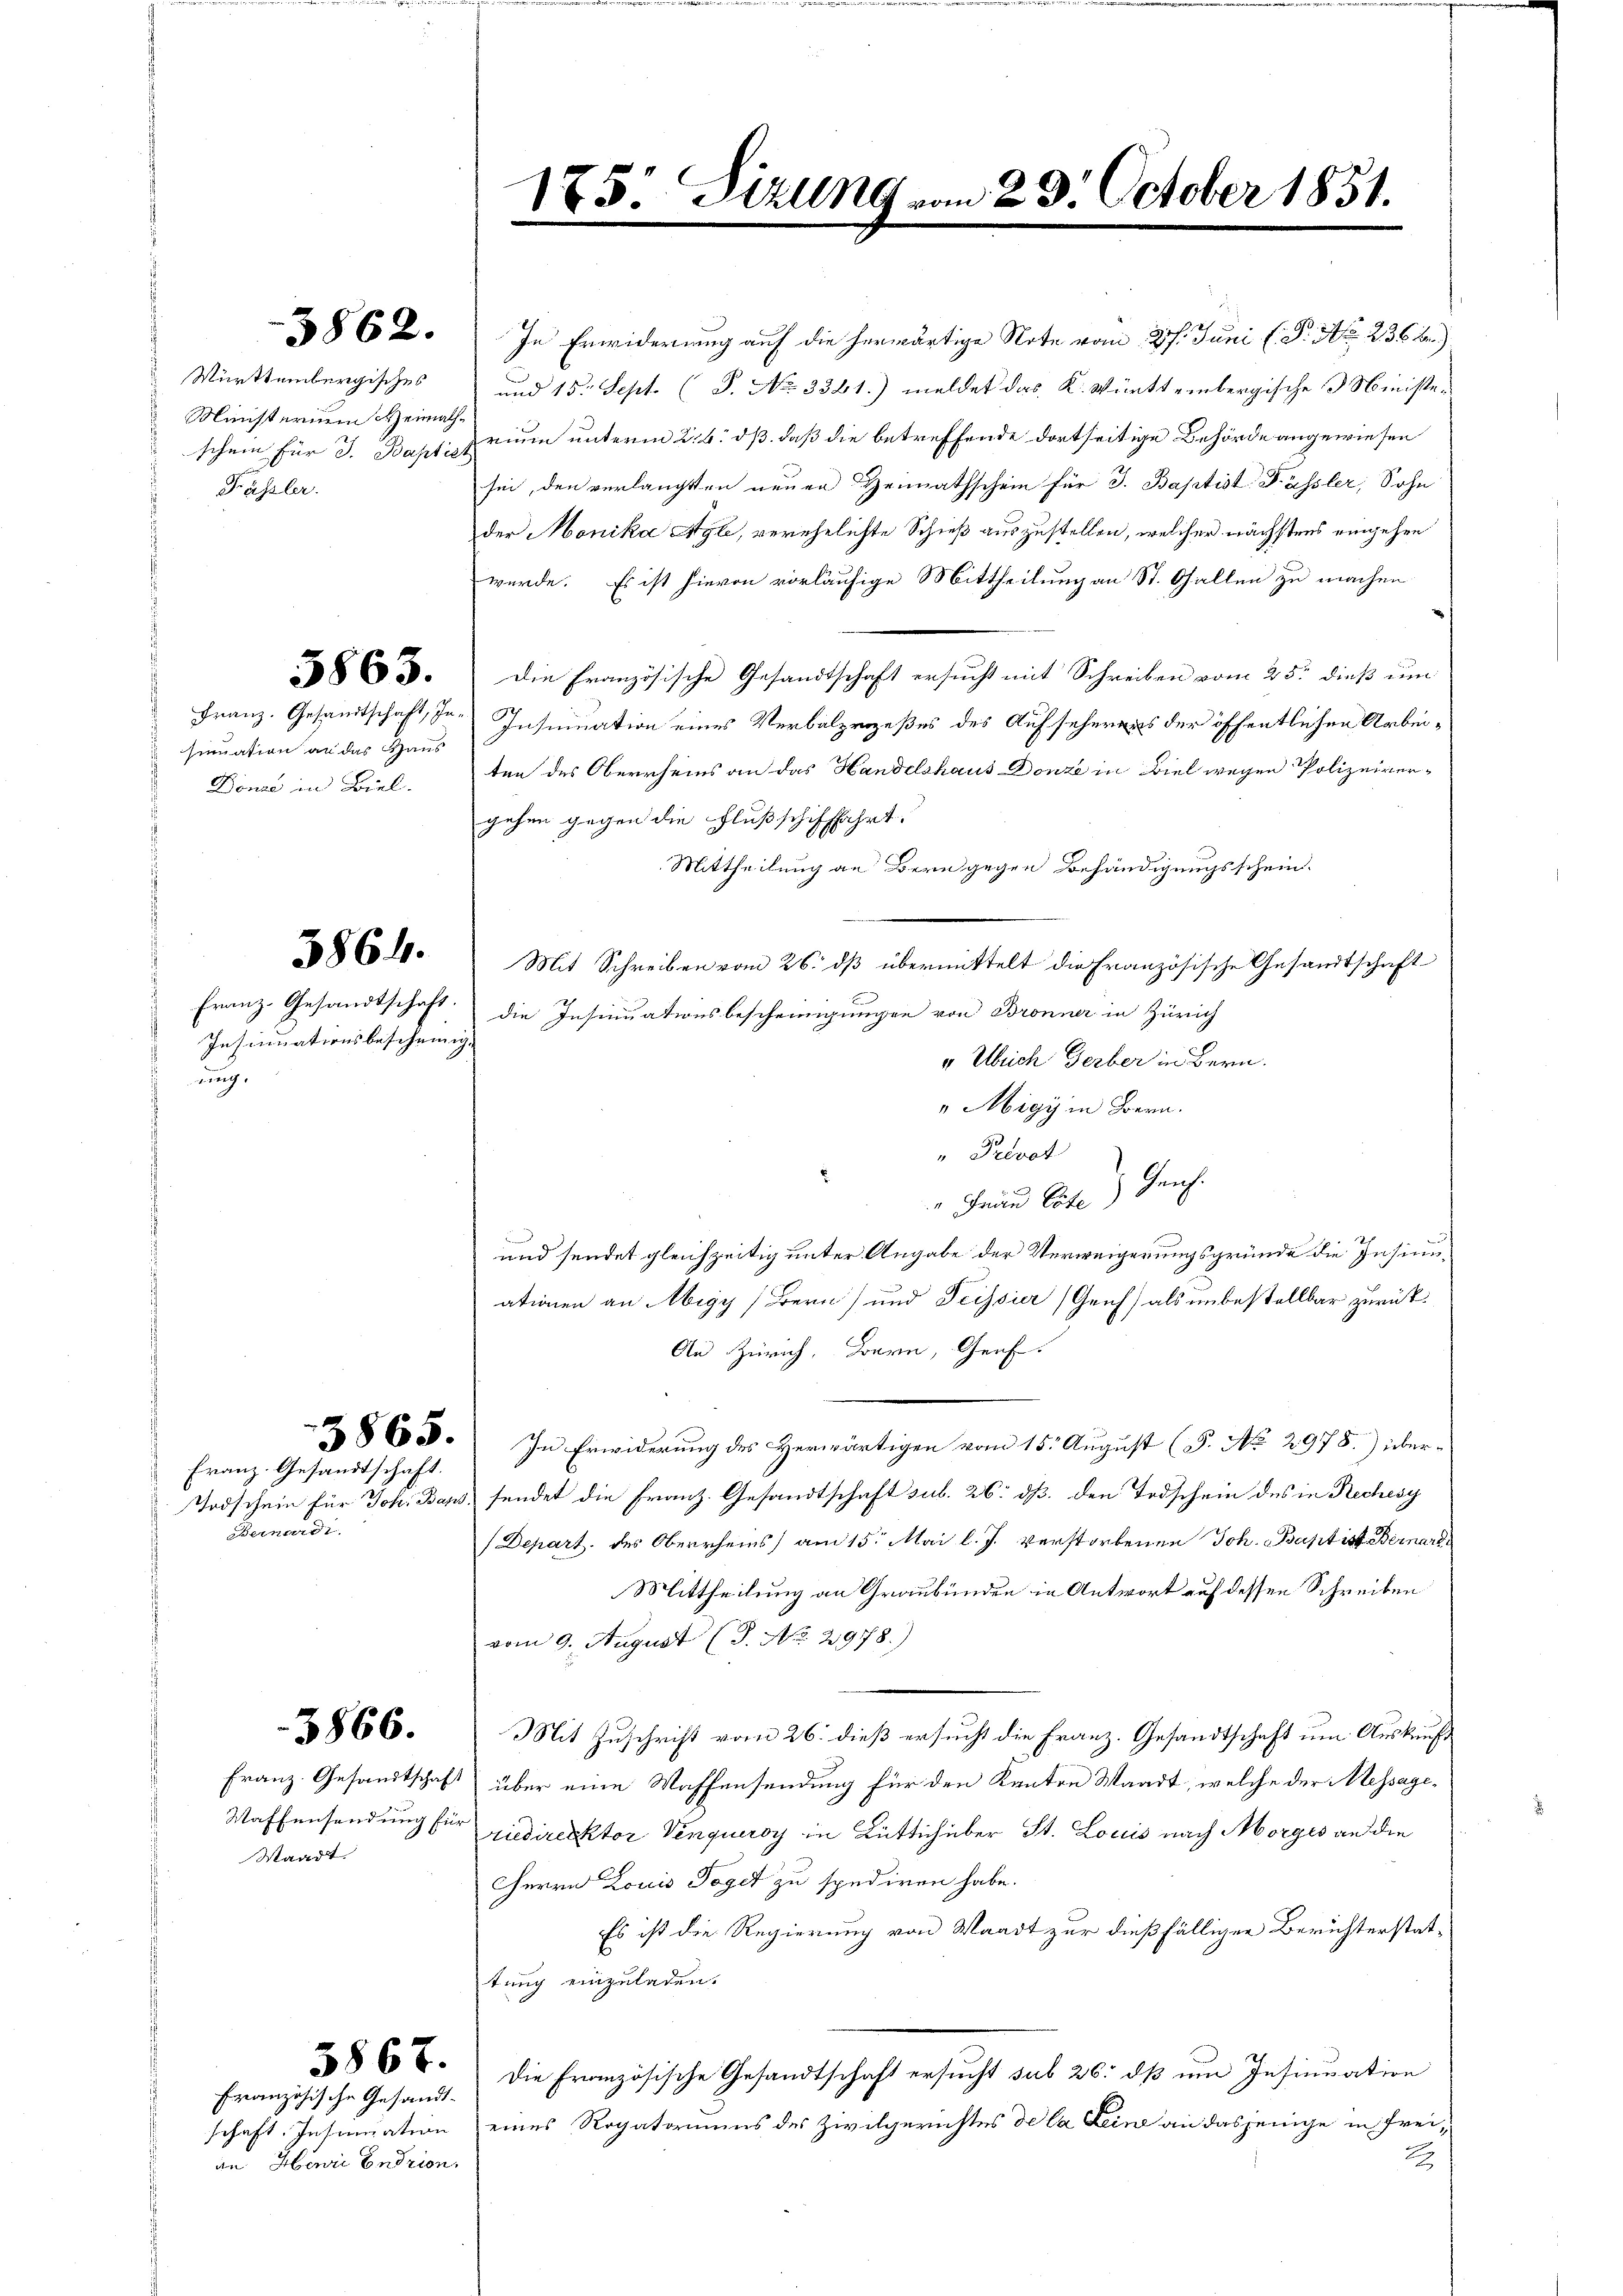
Württembergisches
Ministerium Heima
Fässler.

sinuation an das Haus
Donae in Biel.

3862.

5863.

5864.

Bernardi

3866.

Waadt.

Franz. Gesandtschaft.

5867.

Französische Gesandt¬
Havii Endrion,

Franz-Gesandtschaft.
Insinuationsbescheinig-
ing.

In Erwiderung auf die herwärtige Note vom 27. Juni l. P. Nr. 2362)
und 15. Sept. (S. No 3361.) meldet das K. Württembergische Ministe¬
Ge
schein für J. Bapf trium unterm 2. b. dß daß die betreffende dortseitige Behörde angewiesen
sei, den verlangten neuen Heimathschein für J. Baptist Füssler, Sohn
der Monika Agle, verehelichte Schieß auszustellen, welcher nächstens eingehen
wurde. Es ist hievon vorläufige Mittheilung an St. Gallen zu machen
Die Französische Gesandtschaft ersucht mit Schreiben vom 25. dieß um
Franz. Gesandtschaft, der Insinuation eines Verbalprozeßes des Aufseherens der öffentlichen Arbeiten des Oberrheins an das Handelshaus Donze in Biel wegen Polizeivergehen gegen die Flußschifffahrt.
Mittheilung an Bern gegen Behändigungsschein.
Mit Schreiben vom 26. dß übermittelt die Französische Gesandtschaft
die Insinuationsbescheinigungen von Bronner in Zürich
v Ulrich Gerber in Bern.
"Migy in Bern.
" Petvot
" Frau Bote Gerich.
und sendet gleichzeitig unter Angabe der Verweigerungsgründe die Insinuationen an Migy (Bern) und Tessier (Genf) als unbestellbar zurück¬
An Zürich, Bern, Graf.
8650. In Erwiderung des Herwärtigen vom 15. August (§. No 2978.) über-
Todschein für Joh. Bans, sendet die Franz. Gesandtschaft sub. 26. dß. den Todschein des in Rechesy
(Depart des Oberrheins) am 15. Mai l. J. verstorbenen Joh. Baptist Bernard
Mittheilung an Graubünden in Antwort auf dessen Schreiben
vom 9. August (S. No. 2978.)
Mit Zuschrift vom 26. dieß ersucht die Franz. Gesandtschaft um Auskauf¬
Franz.-Gesandtschaft über eine Waffensendung für den Kanton Waadt, welche der Message¬
Waffensendung der quedirektor Venqueroy in Bütlich über St. Lociis nach Morges an die
Herrn Louis Vogel zu spediren habe.
Es ist die Regierung von Waadt zur dießfälligen Berichterstattung einzuladen.
Die Französische Gesandtschaft ersucht sub 26: dß um Insinuation
schaft. Insinuation eines Rogatoriums des Zivilgerichtes de la Leine an dasjenige in Frei¬
2

1

Sizung vom 23. October 1851.